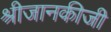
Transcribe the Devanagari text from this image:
श्रीजानकीजी